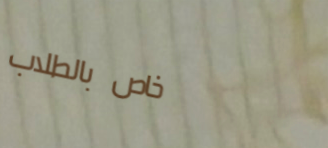
خاص بالطلاب